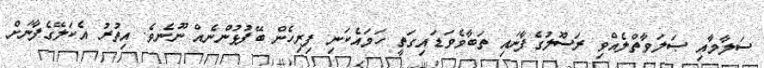
ސަލާމާއި ޞަލަވާތްލެއްވި ރަސޫލުގެފާނައި ތަބާވެވަޑައިގަތީ ހަމައެކަނި ފިރިހެން ބޭފުޅުންނެއް ނޫނެވެ. އިތުރު އެކަލޭގެފާނަށް